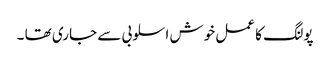
پولنگ کا عمل خوش اسلوبی سے جاری تھا ۔